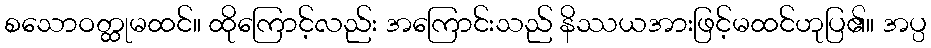
စသောဝတ္ထုမထင်။ ထိုကြောင့်လည်း အကြောင်းသည် နိဿယအားဖြင့်မထင်ဟုပြ၏။ အပ္ပ